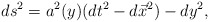
\begin{align*}ds^2=a^2(y) (dt^2-d\vec{x}^2)-dy^2,\end{align*}